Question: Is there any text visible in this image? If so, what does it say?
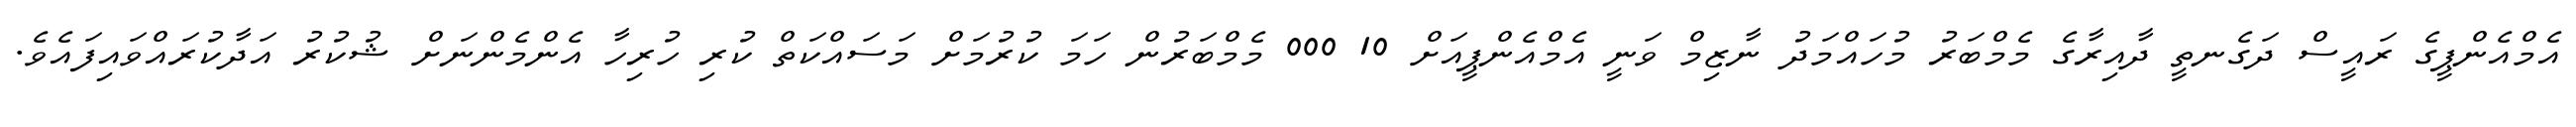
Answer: އެމްއެންޕީގެ ރައީސް ދަގެނތީ ދާއިރާގެ މެމްބަރު މުހައްމަދު ނާޒިމް ވަނީ އެމްއެންޕީއަށް 10 000 މެމްބަރުން ހަމަ ކުރުމަށް މަސައްކަތް ކުރި ހުރިހާ އެންމެންނަށް ޝުކުރު އަދާކުރައްވައިފައެވެ.